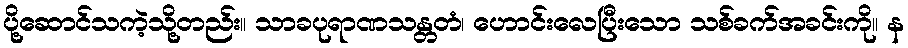
ပို့ဆောင်သကဲ့သို့တည်း။ သာခပုရာဏသန္တတံ၊ ဟောင်းလေပြီးသော သစ်ခက်အခင်းကို။ န